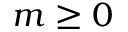
m \geq 0